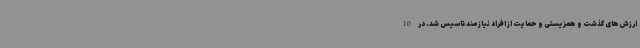
ارزش‌های گذشت و همزیستی و حمایت از افراد نیازمند تاسیس شد. در 10